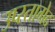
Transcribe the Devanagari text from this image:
उप्स्तागेद